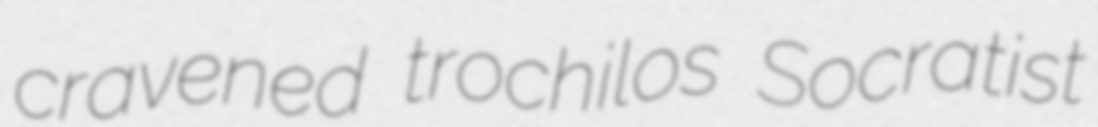
cravened trochilos Socratist